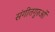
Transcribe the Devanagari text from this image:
संगीतगुरुओं